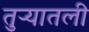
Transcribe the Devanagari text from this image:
तुऱ्यातली